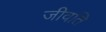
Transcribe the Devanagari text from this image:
जीवति